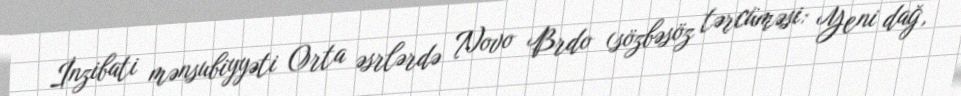
İnzibati mənsubiyyəti Orta əsrlərdə Novo Brdo (sözbəsöz tərcüməsi: Yeni dağ,